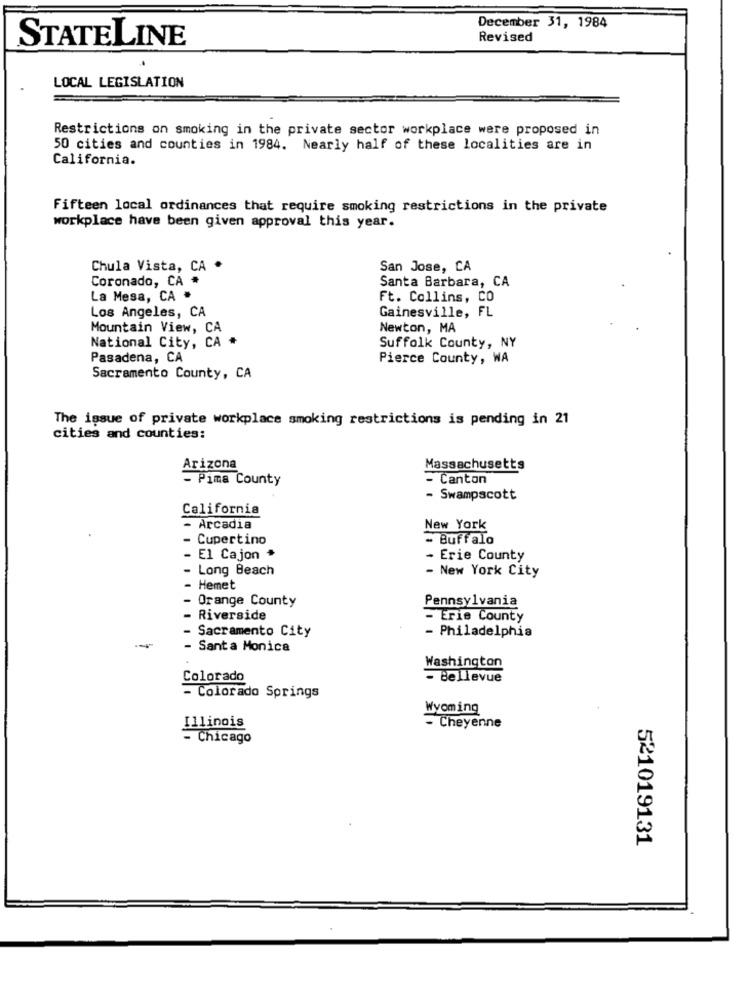
December 31, 1984
STATELINE
Revised
LOCAL LEGISLATION
Restrictions on smoking in the private sector workplace were proposed in
50 cities and counties in 1984. Nearly half of these localities are in
California.
Fifteen local ordinances that require smoking restrictions in the private
workplace have been given approval this year.
Chula Vista, CA *
San Jose, CA
Coronado, CA *
Santa Barbara, CA
La Mesa, CA *
Ft. Collins, CO
Los Angeles, CA
Gainesville, FL
Mountain View, CA
Newton, MA
National City, CA
Suffolk County, NY
Pasadena, CA
Pierce County, WA
Sacramento County, CA
The issue of private workplace smoking restrictions is pending in 21
cities and counties:
Arizona
Massachusetts
- Pima County
- Canton
Swampscott
California
- Arcadia
New York
Cupertino
- Buffalo
El Cajon *
- Erie County
Long Beach
- New York City
Hemet
Orange County
Pennsylvania
Riverside
- Erie County
Sacramento City
- Philadelphia
-
Santa Monica
Washington
Colorado
- Bellevue
- Colorado Springs
Wyoming
Illinois
- Cheyenne
- Chicago
521019131